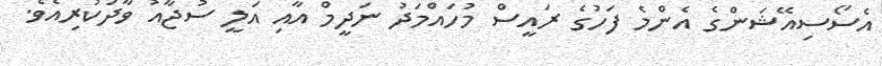
އެސޯސިއޭޝަންގެ އެންމެ ފަހުގެ ރައީސް މުހައްމަދު ނަދީމް އާއި އަލީ ސުޖާއު ވާދަކުރިއެވެ.